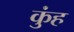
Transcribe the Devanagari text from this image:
कुंह